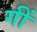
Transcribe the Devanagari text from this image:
गीं